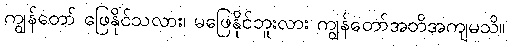
ကျွန်တော် ဖြေနိုင်သလား၊ မဖြေနိုင်ဘူးလား ကျွန်တော်အတိအကျမသိ။